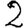
Digit: 2